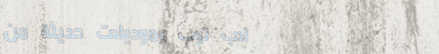
لاب توب وموديلات حديثة من